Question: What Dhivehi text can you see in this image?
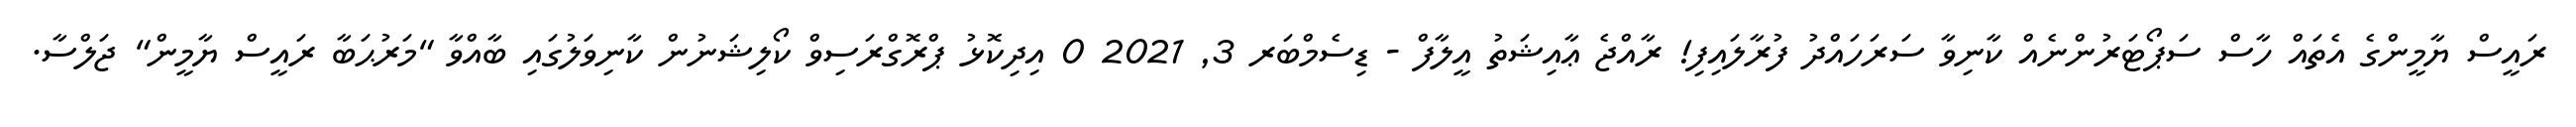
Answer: ރައީސް ޔާމީންގެ އެތައް ހާސް ސަޕޯޓަރުންނެއް ކާނިވާ ސަރަހައްދު ފުރާލައިފި! ރާއްޖެ ޢާއިޝަތު އީލާފް - ޑިސެމްބަރ 3, 2021 0 އިދިކޮޅު ޕްރޮގްރަސިވް ކޯލިޝަނުން ކާނިވަލުގައި ބާއްވާ "މަރުޙަބާ ރައީސް ޔާމީން" ޖަލްސާ.